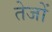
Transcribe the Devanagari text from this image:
तेजों